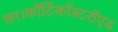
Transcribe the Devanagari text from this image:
का।कॉर्टिकॉस्टरॉएड